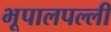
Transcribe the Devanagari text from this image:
भूपालपल्ली